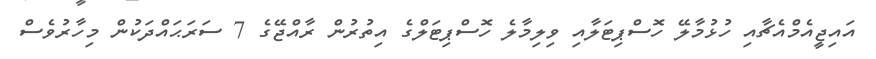
އައިޖީއެމްއެޗާއި ހުޅުމާލޭ ހޮސްޕިޓަލާއި ވިލިމާލެ ހޮސްޕިޓަލްގެ އިތުރުން ރާއްޖޭގެ 7 ސަރަޙައްދަކުން މިހާރުވެސް